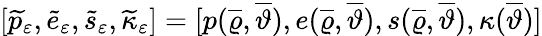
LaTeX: [\widetilde{p}_{\varepsilon},\widetilde{e}_{\varepsilon},\widetilde{s}_{\varepsilon},\widetilde{\kappa}_{\varepsilon}]=[p(\overline{{\varrho}},\overline{{\vartheta}}),e(\overline{{\varrho}},\overline{{\vartheta}}),s(\overline{{\varrho}},\overline{{\vartheta}}),\kappa(\overline{{\vartheta}})]